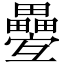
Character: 𤴁